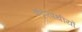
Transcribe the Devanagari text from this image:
कट्टरपंथीयों